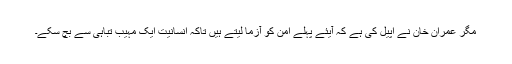
مگر عمران خان نے اپیل کی ہے کہ آیئے پہلے امن کو آزما لیتے ہیں تاکہ انسانیت ایک مہیب تباہی سے بچ سکے۔